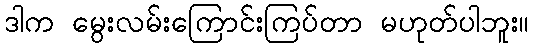
ဒါက မွေးလမ်းကြောင်းကြပ်တာ မဟုတ်ပါဘူး။